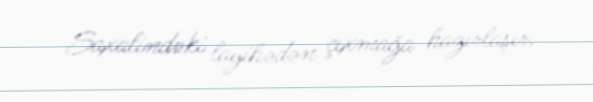
Saxalindəki layihədən çıxmağa hazırlaşır.